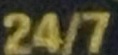
24/7